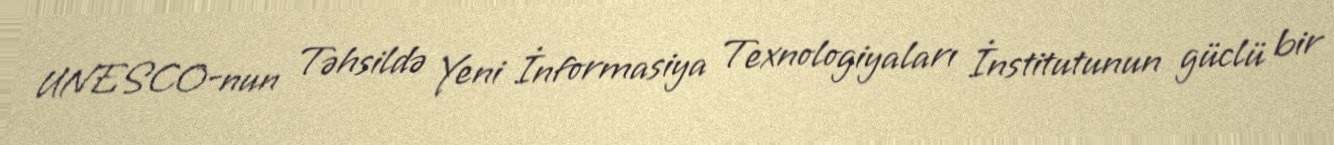
UNESCO-nun Təhsildə Yeni İnformasiya Texnologiyaları İnstitutunun güclü bir